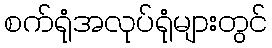
စက်ရုံအလုပ်ရုံများတွင်